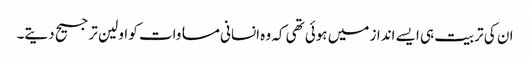
ان کی تربیت ہی ایسے انداز میں ہوئی تھی کہ وہ انسانی مساوات کو اولین ترجیح دیتے۔